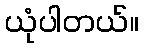
ယုံပါတယ်။